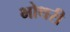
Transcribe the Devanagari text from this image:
भोथरी